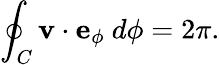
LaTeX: \oint_{C}\mathbf{v}\cdot\mathbf{e}_{\phi}~d{\phi}=2\pi.